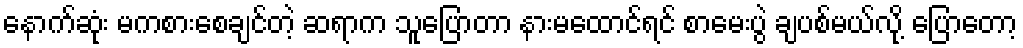
နောက်ဆုံး မကစားစေချင်တဲ့ ဆရာက သူပြောတာ နားမထောင်ရင် စာမေးပွဲ ချပစ်မယ်လို့ ပြောတော့